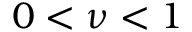
0 < \nu < 1